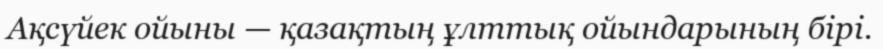
Ақсүйек ойыны — қазақтың ұлттық ойындарының бірі.